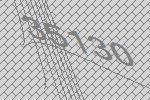
35130